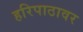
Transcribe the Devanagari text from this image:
हरिपाठावर